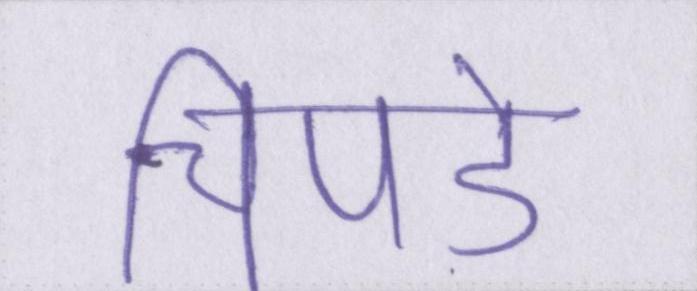
चिपडे